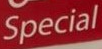
Special